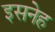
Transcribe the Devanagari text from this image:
इसनेह